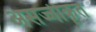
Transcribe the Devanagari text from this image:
असज्जीकृत